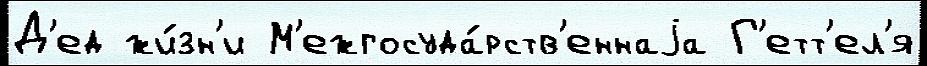
Д'ед жи́зн'и М'ежгосуда́рств'еннаjа Г'етт'ел'я